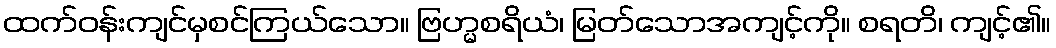
ထက်ဝန်းကျင်မှစင်ကြယ်သော။ ဗြဟ္မစရိယံ၊ မြတ်သောအကျင့်ကို။ စရတိ၊ ကျင့်၏။